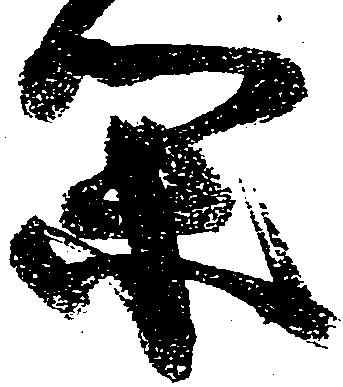
閑